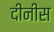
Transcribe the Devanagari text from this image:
दीनीस